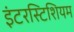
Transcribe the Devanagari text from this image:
इंटरस्टिशियम